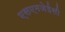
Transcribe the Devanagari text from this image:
एसएमजेईसी